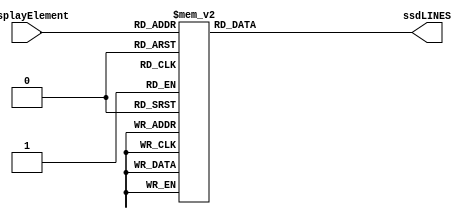
`timescale 1ns / 1ps
//////////////////////////////////////////////////////////////////////////////////
// Company: 
// Engineer: 
// 
// Design Name: 
// Module Name:    updateDigit 
// Project Name: 
// Target Devices: 
// Tool versions: 
// Description: 
//
// Dependencies: 
//
// Revision: 
// Revision 0.01 - File Created
// Additional Comments: 
//
//////////////////////////////////////////////////////////////////////////////////
module updateDigit(displayElement, ssdLINES);

	input [3:0] displayElement;
	output reg [6:0] ssdLINES;
	
	initial ssdLINES = 7'b1101100;

//GETS THE SSDLINES BASED ON THE HEXADECIMAL NUMBER ENTERED
	always@(*) begin
		case(displayElement)
			4'h0:
				ssdLINES = 7'b0000001;
			4'h1:
				ssdLINES = 7'b1001111;
			4'h2:
				ssdLINES = 7'b0010010;
			4'h3:
				ssdLINES = ~(7'b1111001);
			4'h4:
				ssdLINES = ~(7'b0110011);
			4'h5:
				ssdLINES = ~(7'b1011011);
			4'h6:
				ssdLINES = ~(7'b1011111);
			4'h7:
				ssdLINES = ~(7'b1110000);
			4'h8:
				ssdLINES = ~(7'b1111111);
			4'h9:
				ssdLINES = ~(7'b1111011);
			4'hA:
				ssdLINES = ~(7'b1110111);
			4'hB:
				ssdLINES = ~(7'b0011111);
			4'hC:
				ssdLINES = ~(7'b1001110);
			4'hD:
				ssdLINES = ~(7'b0111101);
			4'hE:
				ssdLINES = ~(7'b1001111);
			4'hF:
				ssdLINES = ~(7'b1000111);
		endcase
	end
	

endmodule